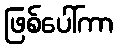
ဖြစ်ပေါ်ကာ